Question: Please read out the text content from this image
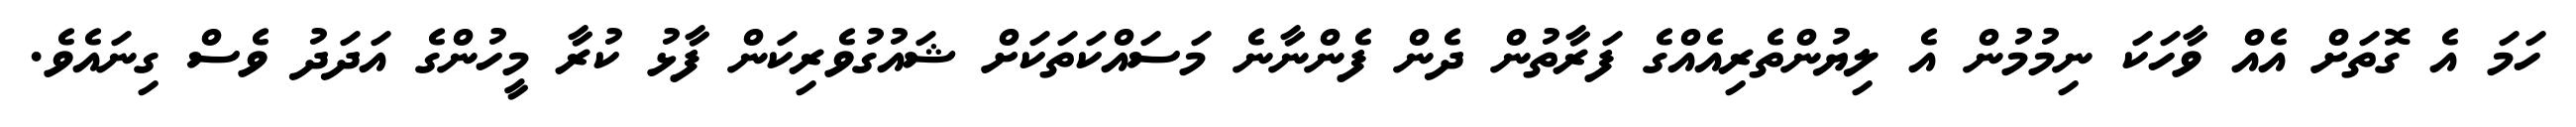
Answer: ހަމަ އެ ގޮތަށް އެއް ވާހަކަ ނިމުމުން އެ ލިޔުންތެރިއެއްގެ ފަރާތުން ދެން ފެންނާނެ މަސައްކަތަކަށް ޝައުގުވެރިކަން ފާޅު ކުރާ މީހުންގެ އަދަދު ވެސް ގިނައެވެ.